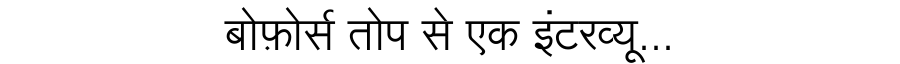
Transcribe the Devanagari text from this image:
बोफ़ोर्स तोप से एक इंटरव्यू...